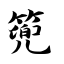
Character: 篼